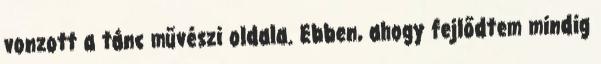
vonzott a tánc művészi oldala. Ebben, ahogy fejlődtem mindig